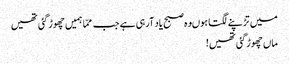
میں تڑپنے لگتا ہوںوہ صبح یاد آرہی ہے جب ممّا ہمیں چھوڑ گئی تھیں
ماں چھوڑگئی تھیں!